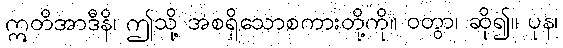
ဣတိအာဒီနိ၊ ဤသို့ အစရှိသောစကားတို့ကို။ ဝတွာ၊ ဆို၍။ ပုန၊